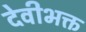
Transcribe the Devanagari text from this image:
देवीभक्त